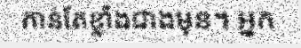
កាន់តែខ្លាំងជាងមុន។ អ្នក